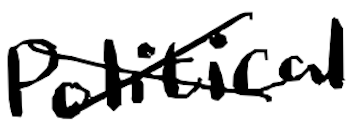
Text: political
Cross-out: cross
Writing tool: digital_black